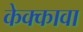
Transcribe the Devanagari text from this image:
केक्कावा